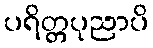
ပရိတ္တပုညာပိ